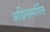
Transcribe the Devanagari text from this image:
अग्निसमर्पित